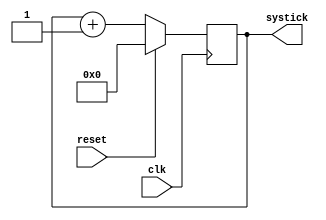
module SysTick(
         clk, reset, systick
       );
input clk;
input reset;
output reg [31:0] systick;

always @ (posedge clk)
  begin
    if (reset)
      systick <= 32'h00000000;
    else
      systick <= systick + 1;
  end

endmodule